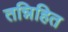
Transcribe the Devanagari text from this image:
तन्निहित